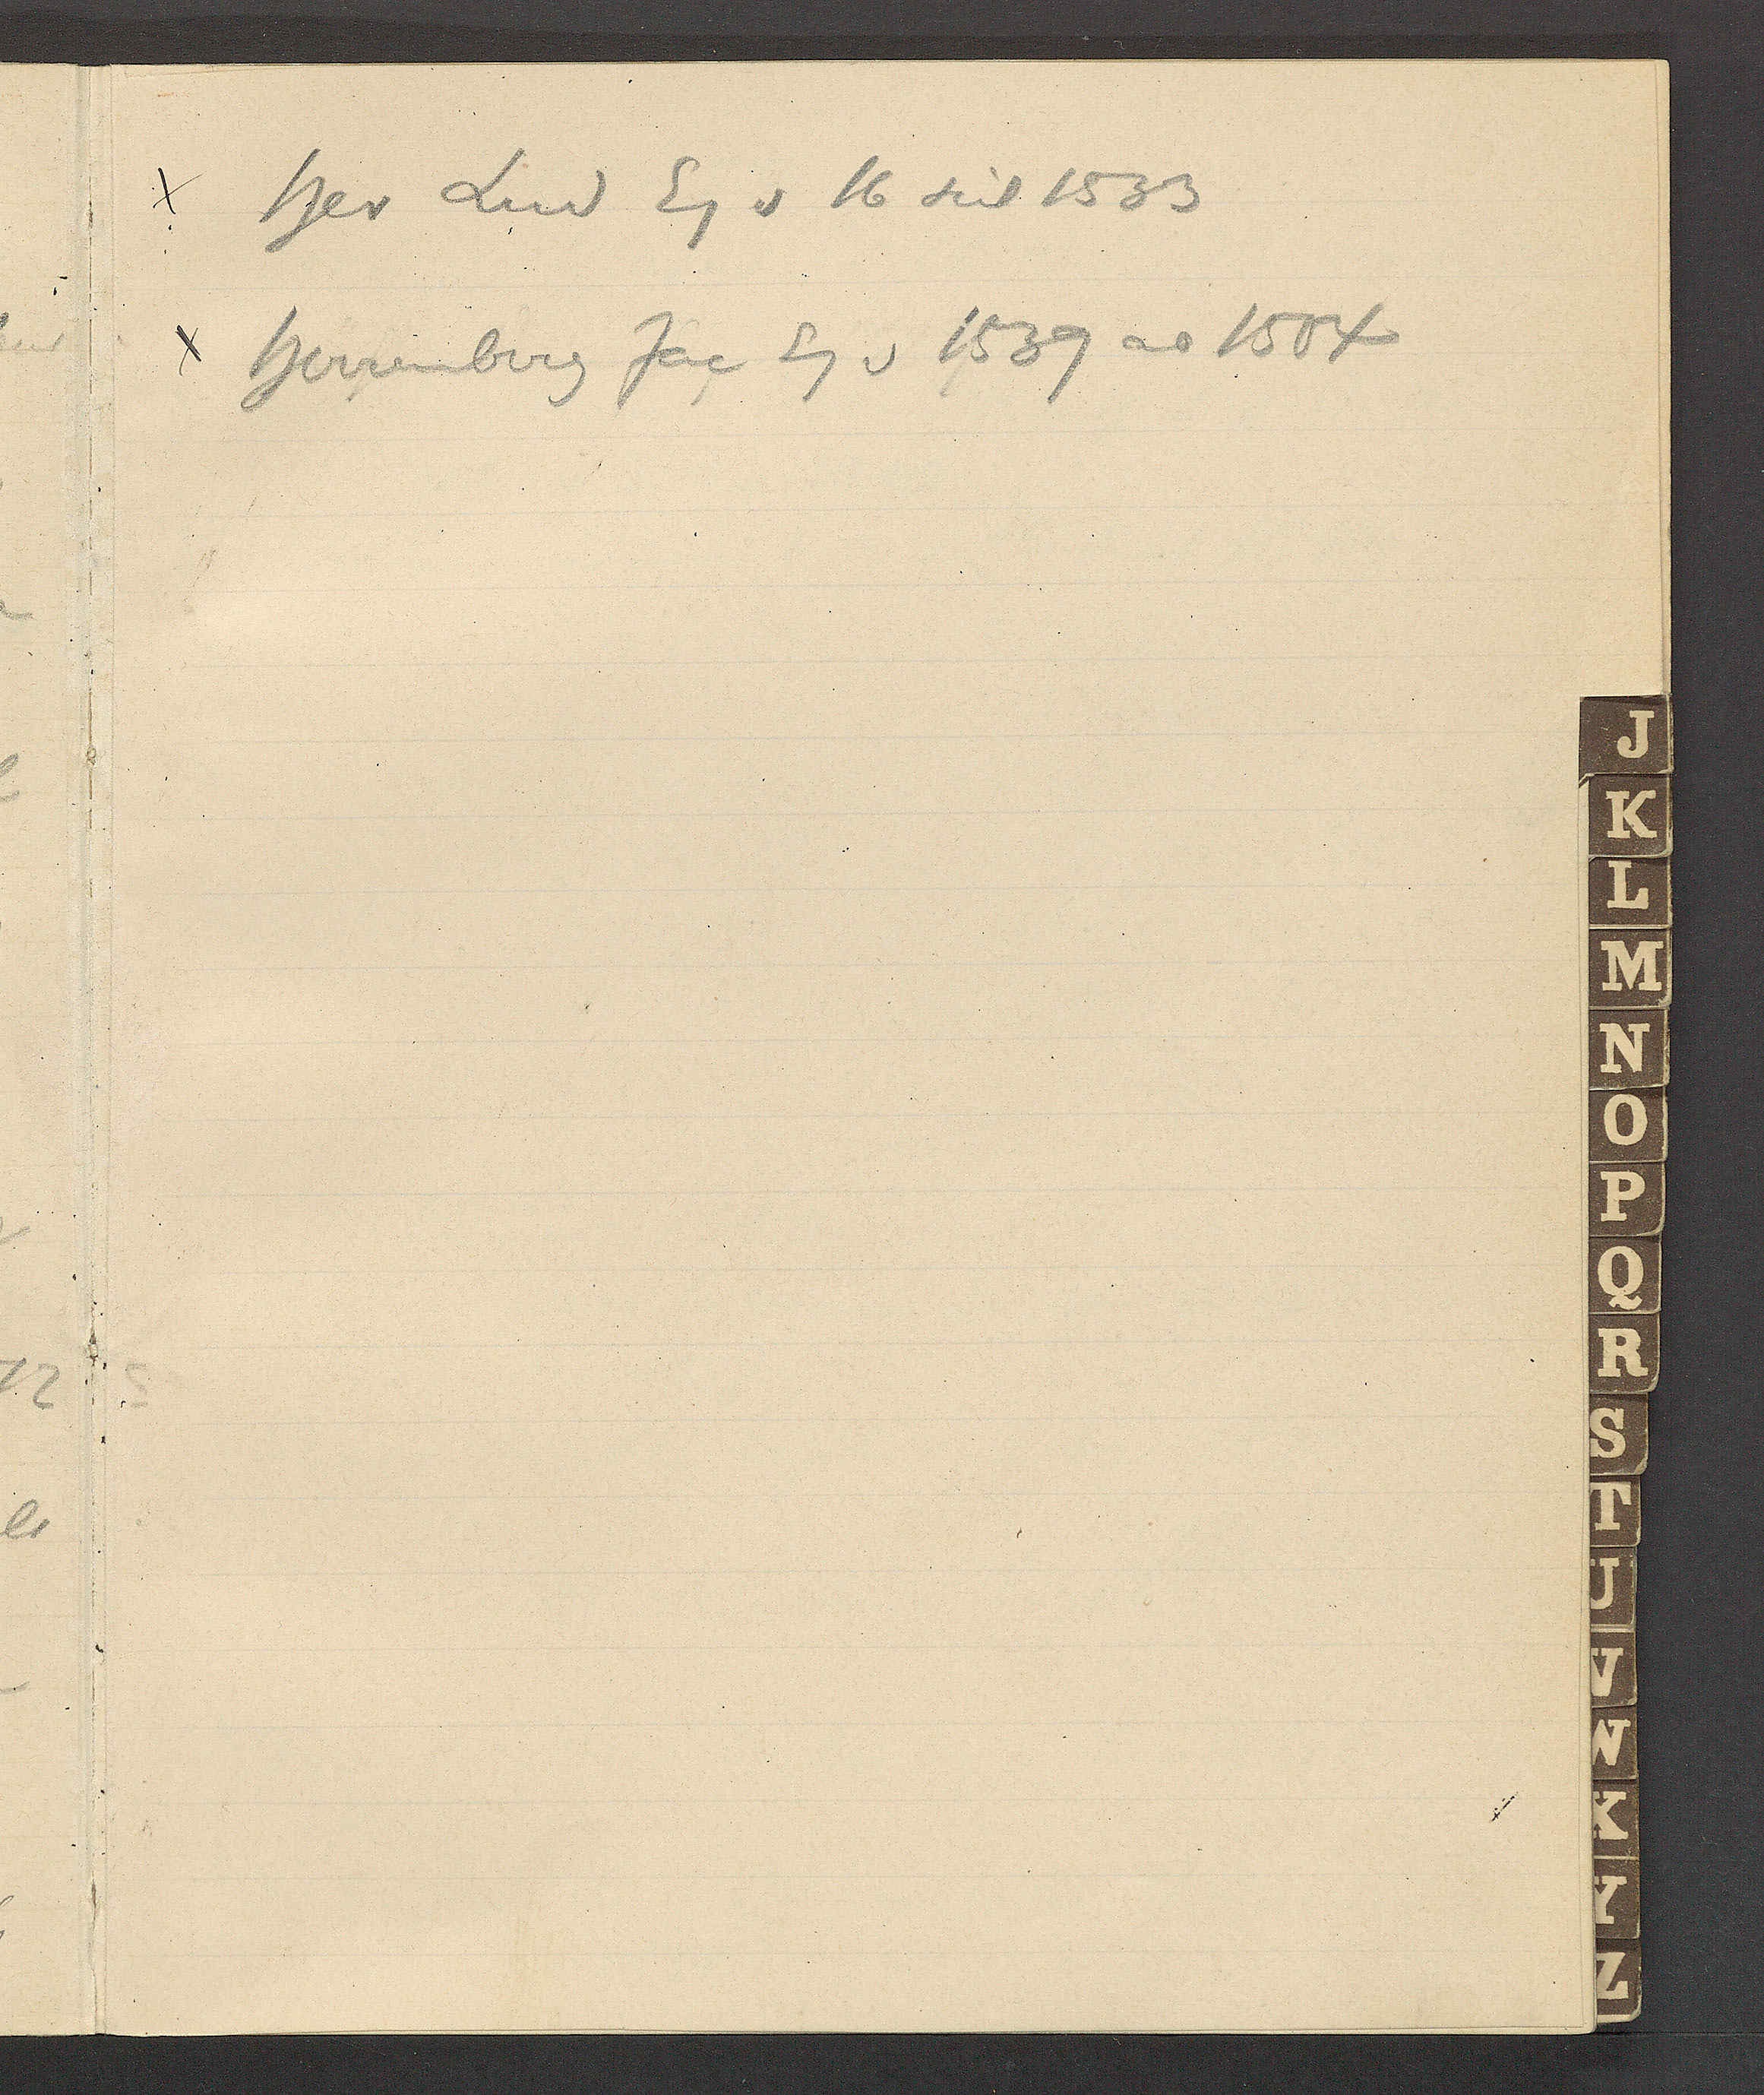
Transcript:
χ Her Lud Eg v 16 seit 1533

χ Herrenberg Jac Eg v 1539 ao 1504